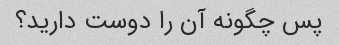
پس چگونه آن را دوست دارید؟